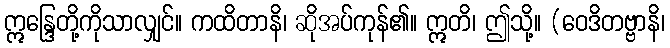
ဣန္ဒြေတို့ကိုသာလျှင်။ ကထိတာနိ၊ ဆိုအပ်ကုန်၏။ ဣတိ၊ ဤသို့။ (ဝေဒိတဗ္ဗာနိ၊